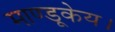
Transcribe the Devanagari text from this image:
माण्डूकेय।